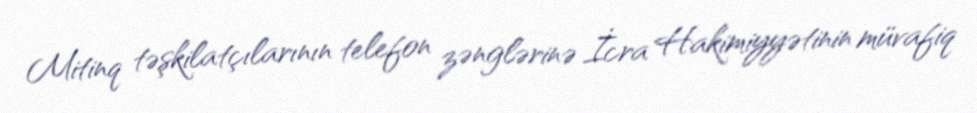
Mitinq təşkilatçılarının telefon zənglərinə İcra Hakimiyyətinin müvafiq